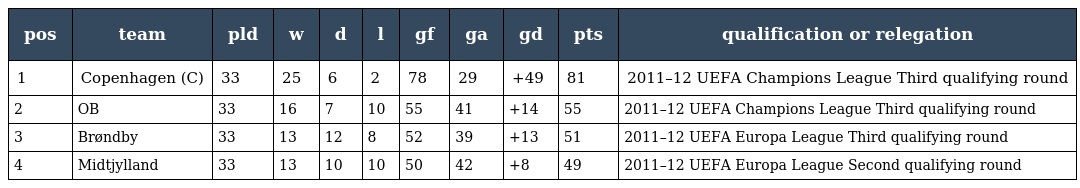
| pos | team | pld | w | d | l | gf | ga | gd | pts | qualification or relegation |
 | --- | --- | --- | --- | --- | --- | --- | --- | --- | --- | --- |
 | 1 | Copenhagen (C) | 33 | 25 | 6 | 2 | 78 | 29 | +49 | 81 | 2011–12 UEFA Champions League Third qualifying round |
 | 2 | OB | 33 | 16 | 7 | 10 | 55 | 41 | +14 | 55 | 2011–12 UEFA Champions League Third qualifying round |
 | 3 | Brøndby | 33 | 13 | 12 | 8 | 52 | 39 | +13 | 51 | 2011–12 UEFA Europa League Third qualifying round |
 | 4 | Midtjylland | 33 | 13 | 10 | 10 | 50 | 42 | +8 | 49 | 2011–12 UEFA Europa League Second qualifying round |